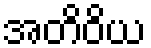
အတိဝိယ